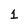
Character: 1